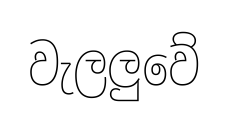
වැලලුවේ